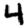
Digit: 4